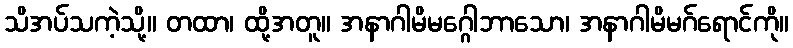
သိအပ်သကဲ့သို့။ တထာ၊ ထို့အတူ။ အနာဂါမိမဂ္ဂေါဘာသော၊ အနာဂါမိမဂ်ရောင်ကို။